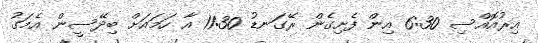
އިރުއޮއްސި 6:30 އިން ފެށިގެން ރޭގަނޑު 11:30 އާ ހަމައަށް ބިދޭސީން އެމަގު